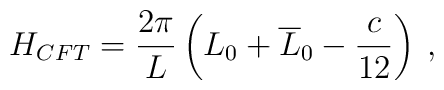
H_{CFT}=\displaystyle\frac{2\pi }{L}\left( L_{0}+\overline{L}_{0}-\displaystyle\frac{c}{12}\right) \: ,